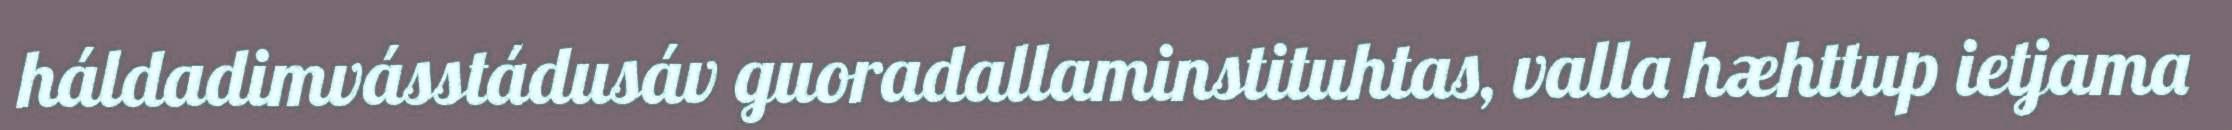
háldadimvásstádusáv guoradallaminstituhtas, valla hæhttup ietjama